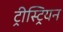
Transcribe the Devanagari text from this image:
ट्रीस्ट्रियन